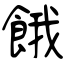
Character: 餓